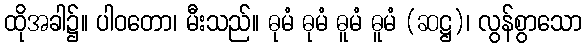
ထိုအခါ၌။ ပါဝတော၊ မီးသည်။ ဓုမံ ဓုမံ ဓူမံ ဓူမံ (ဆဋ္ဌ)၊ လွန်စွာသော